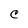
Character: C